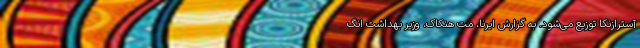
آسترازنکا توزیع می‌شود. به گزارش ایرنا، مت هنکاک، وزیر بهداشت انگ